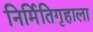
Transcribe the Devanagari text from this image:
निर्मितिगृहाला